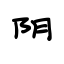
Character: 阴